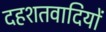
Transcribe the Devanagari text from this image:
दहशतवादियों